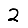
Digit: 2